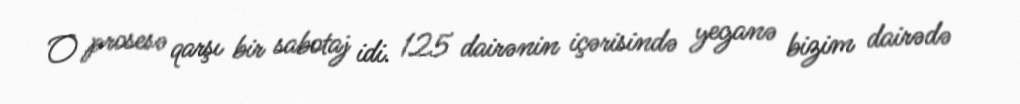
O prosesə qarşı bir sabotaj idi. 125 dairənin içərisində yeganə bizim dairədə